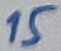
Text: 15